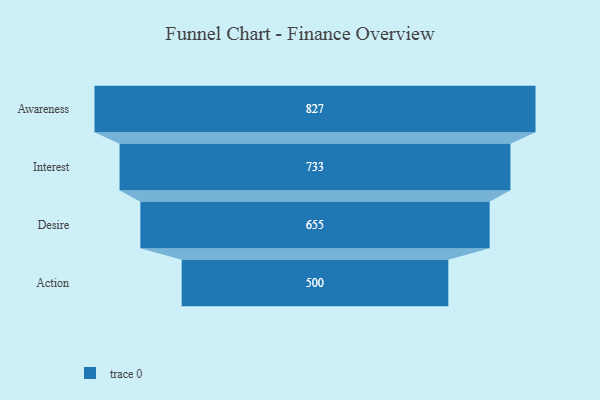
{"axis": {"x": "Stage", "y": "Value"}, "legend": [""], "data": [{"x": "Awareness", "y": 827.0, "type": ""}, {"x": "Interest", "y": 733.0, "type": ""}, {"x": "Desire", "y": 655.0, "type": ""}, {"x": "Action", "y": 500, "type": ""}]}